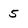
Character: 5